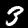
Digit: 3